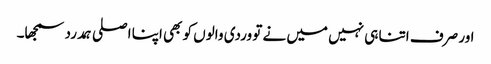
اور صرف اتنا ہی نہیں میں نے تو وردی والوں کو بھی اپنا اصلی ہمدرد سمجھا۔